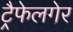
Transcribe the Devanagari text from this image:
ट्रैफेलगेर